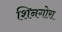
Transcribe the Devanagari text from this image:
शिनगोरा